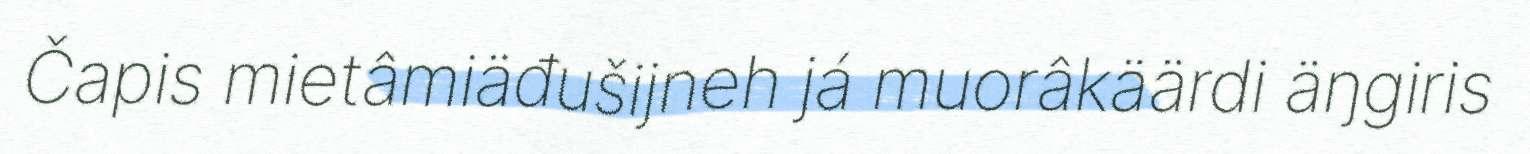
Čapis mietâmiäđušijneh já muorâkäärdi äŋgiris